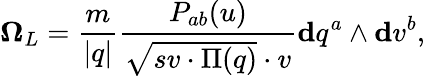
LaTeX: \mathbf{\Omega}_{L}=\frac{m}{\vert q\vert}\frac{P_{ab}(u)}{\sqrt{sv\cdot\Pi(q)}\cdot v}\mathbf{d}q^{a}\wedge\mathbf{d}v^{b},